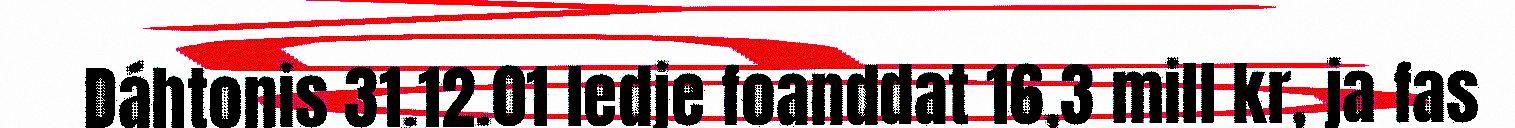
Dáhtonis 31.12.01 ledje foanddat 16,3 mill kr, ja fas